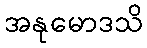
အနုမောဒသိ